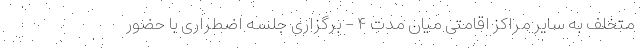
متخلف به سایر مراکز اقامتی میان مدت ۴ - برگزاری جلسه اضطراری با حضور